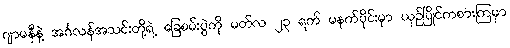
ဂျာမနီနဲ့ အင်္ဂလန်အသင်းတို့ရဲ့ ခြေစမ်းပွဲကို မတ်လ ၂၃ ရက် မနက်ပိုင်းမှာ ယှဉ်ပြိုင်ကစားကြမှာ